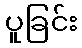
ပူခြင်း